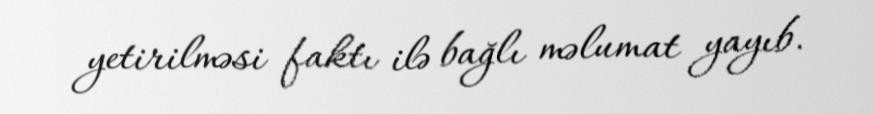
yetirilməsi faktı ilə bağlı məlumat yayıb.